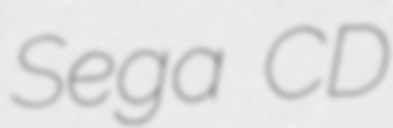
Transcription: Sega CD